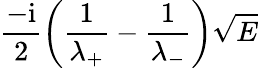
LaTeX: \frac{-\mathrm{i}}{2}\left(\frac{1}{\lambda_{+}}-\frac{1}{\lambda_{-}}\right)\sqrt{E}